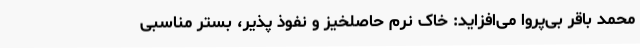
محمد باقر بی‌پروا می‌افزاید: خاک نرم حاصلخیز و نفوذ پذیر، بستر مناسبی